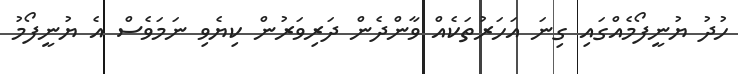
ހުދު ޔުނީފޯމެއްގައި ގިނަ އަހަރުތަކެއް ވާންދެން ދަރިވަރުން ކިޔެވި ނަމަވެސް އެ ޔުނީފޯމު